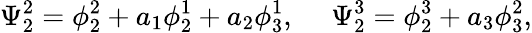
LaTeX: \Psi_{2}^{2}=\phi_{2}^{2}+a_{1}\phi_{2}^{1}+a_{2}\phi_{3}^{1},~~~~~\Psi_{2}^{3}=\phi_{2}^{3}+a_{3}\phi_{3}^{2},